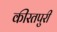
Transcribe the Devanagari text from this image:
कीरतपुरी